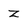
Character: Z